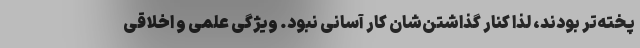
پخته‌تر بودند، لذا کنار گذاشتن‌شان کار آسانی نبود. ویژگی علمی و اخلاقی